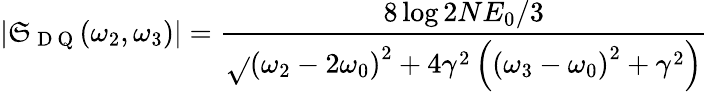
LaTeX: \left|\mathfrak{S}_{\mathrm{{~D~Q~}}}(\omega_{2},\omega_{3})\right|=\frac{{8\log2NE_{0}/3}}{{\sqrt{}{{\left(\omega_{2}-2\omega_{0}\right)^{2}+4\gamma^{2}}}\left(\left(\omega_{3}-\omega_{0}\right)^{2}+\gamma^{2}\right)}}